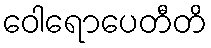
ဝေါရောပေတီတိ